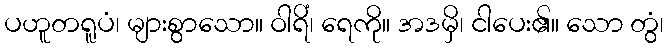
ပဟူတရူပံ၊ များစွာသော။ ဝါရိံ၊ ရေကို။ အဒမှိ၊ ငါပေး၏။ သော တွံ၊